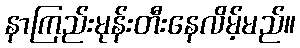
နာကြည်းမုန်းတီးနေလိမ့်မည်။